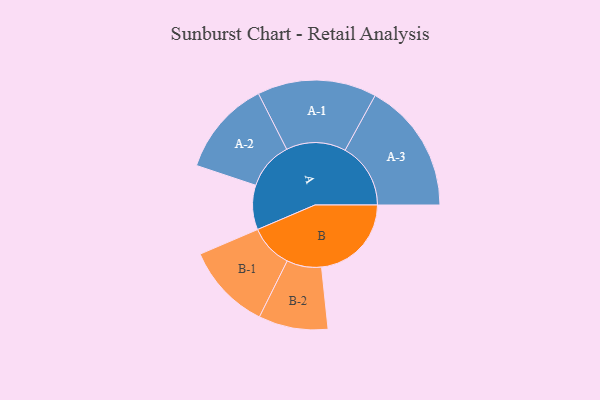
{"axis": {"x": "Segment", "y": "Value"}, "legend": ["", "A", "B"], "data": [{"x": "A", "y": 150, "type": ""}, {"x": "B", "y": 303, "type": ""}, {"x": "A-1", "y": 201, "type": "A"}, {"x": "A-2", "y": 161, "type": "A"}, {"x": "A-3", "y": 221, "type": "A"}, {"x": "B-1", "y": 146, "type": "B"}, {"x": "B-2", "y": 117, "type": "B"}]}